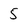
Character: 5